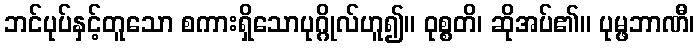
ဘင်ပုပ်နှင့်တူသော စကားရှိသောပုဂ္ဂိုလ်ဟူ၍။ ဝုစ္စတိ၊ ဆိုအပ်၏။ ပုမ္ဖဘာဏီ၊